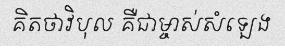
គិតថាវិបុល គឺជាម្ចាស់សំឡេង